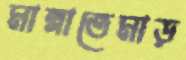
মান্নাতেমাড়